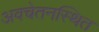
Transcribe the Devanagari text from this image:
अवचेतनस्थित